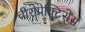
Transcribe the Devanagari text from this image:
चीरोप्रेक्टिसेस